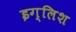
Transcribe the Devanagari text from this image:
इग्लिश